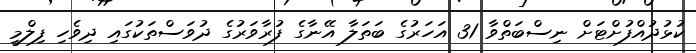
ކުޅުދުއްފުށްޓަށް ނިސްބަތްވާ 31 އަހަރުގެ ބަތަލާ އޭނާގެ ފުރާވަރުގެ ދުވަސްތަކުގައި ދިވެހި ފިލްމީ